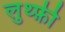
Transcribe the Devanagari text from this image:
लुथ्फ़ी